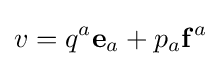
v=q^{a}\mathbf {e} _{a}+p_{a}\mathbf {f} ^{a}